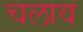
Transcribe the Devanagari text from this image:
चलाव